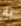
به